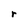
Character: r